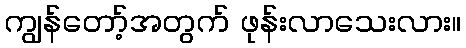
ကျွန်တော့်အတွက် ဖုန်းလာသေးလား။